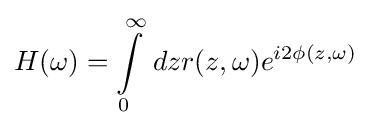
H(\omega )=\int \limits _{0}^{\infty }\,dzr(z,\omega )e^{i2\phi (z,\omega )}